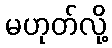
မဟုတ်လို့